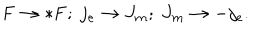
{ \bf F } \rightarrow * { \bf F } ; \ j _ { e } \rightarrow J _ { m } ; \ J _ { m } \rightarrow - j _ { e } .